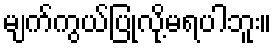
မျက်ကွယ်ပြုလို့မရပါဘူး။